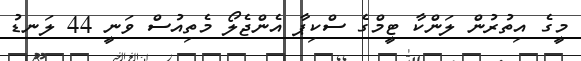
މީގެ އިތުރުން ލަންކާ ޓީމްގެ ސްކިޕާ އެންޖެލޯ މެތިއުސް ވަނީ 44 ލަނޑު